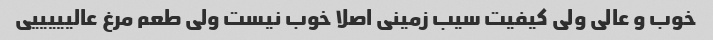
خوب و عالی ولی کیفیت سیب زمینی اصلا خوب نیست ولی طعم مرغ عالیییییی